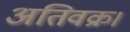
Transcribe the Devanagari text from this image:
अतिवक्र।